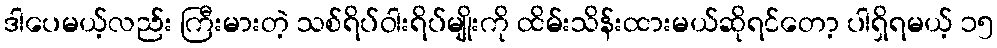
ဒါပေမယ့်လည်း ကြီးမားတဲ့ သစ်ရိပ်ဝါးရိပ်မျိုးကို ထိမ်းသိန်းထားမယ်ဆိုရင်တော့ ပါရှိရမယ့် ၁၅